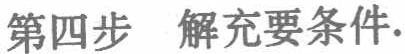
第四步 解充要条件.